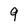
Character: 9